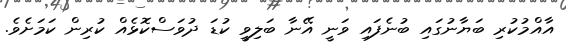
އާއްމުކުރި ބަޔާނުގައި ބުނެފައި ވަނީ އޭނާ ބަލިވީ ކުޑަ ދުވަސްކޮޅެއް ކުރިން ކަމަށެވެ.